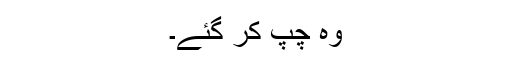
وہ چپ کر گئے۔